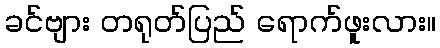
ခင်ဗျား တရုတ်ပြည် ရောက်ဖူးလား။